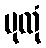
ပုထုံ